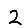
Digit: 2